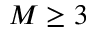
M \geq 3